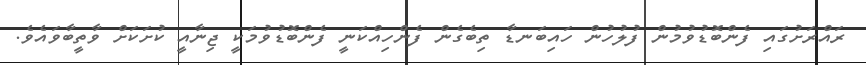
ރައްރަށުގައި ފެންބޮޑުވުމުން ފުލުހުން ހައިބަނޑާ ތިބެގެން ފެންހިއްކަނީ ފެންބޮޑުވުމަކީ ޖިނާއީ ކުށަކަށް ވާތީބާވައެވެ.